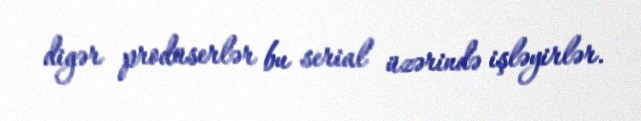
digər prodüserlər bu serial üzərində işləyirlər.